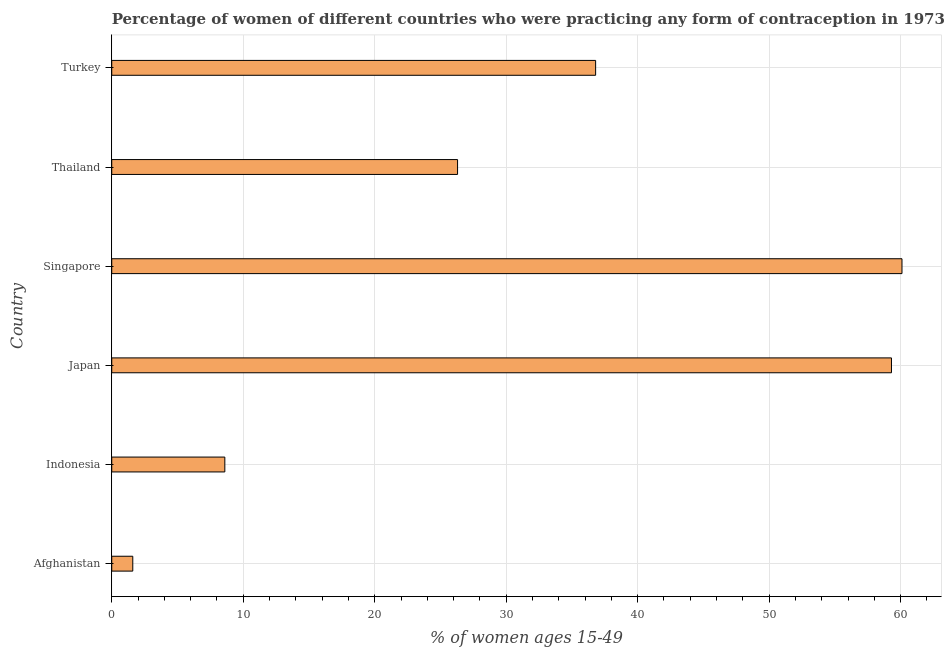
| Country | Contraceptive prevalence |
 | --- | --- |
 | Afghanistan | 1.6 |
 | Indonesia | 8.6 |
 | Japan | 59.3 |
 | Singapore | 60.1 |
 | Thailand | 26.3 |
 | Turkey | 36.8 |